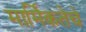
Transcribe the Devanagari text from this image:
मार्मिकतेचे